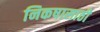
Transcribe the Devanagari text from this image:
निकषासाठी